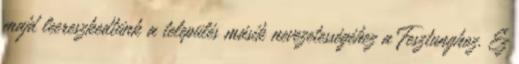
majd leereszkedtünk a település másik nevezetességéhez a Fesztunghoz. Ez